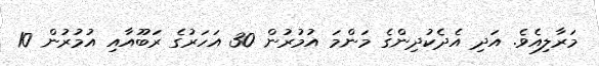
މަރާލިއެވެ. އަދި އެދެކުދިންގެ މަންމަ އުމުރުން 30 އަހަރުގެ ރަބޫއާއި އުމުރުން 10